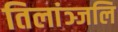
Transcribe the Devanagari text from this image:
तिलांञ्जलि